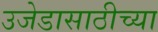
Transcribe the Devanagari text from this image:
उजेडासाठीच्या